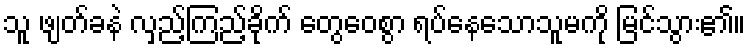
သူ ဖျတ်ခနဲ လှည့်ကြည့်ခိုက် တွေဝေစွာ ရပ်နေသောသူမကို မြင်သွား၏။